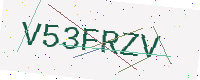
Text: V53FRZV